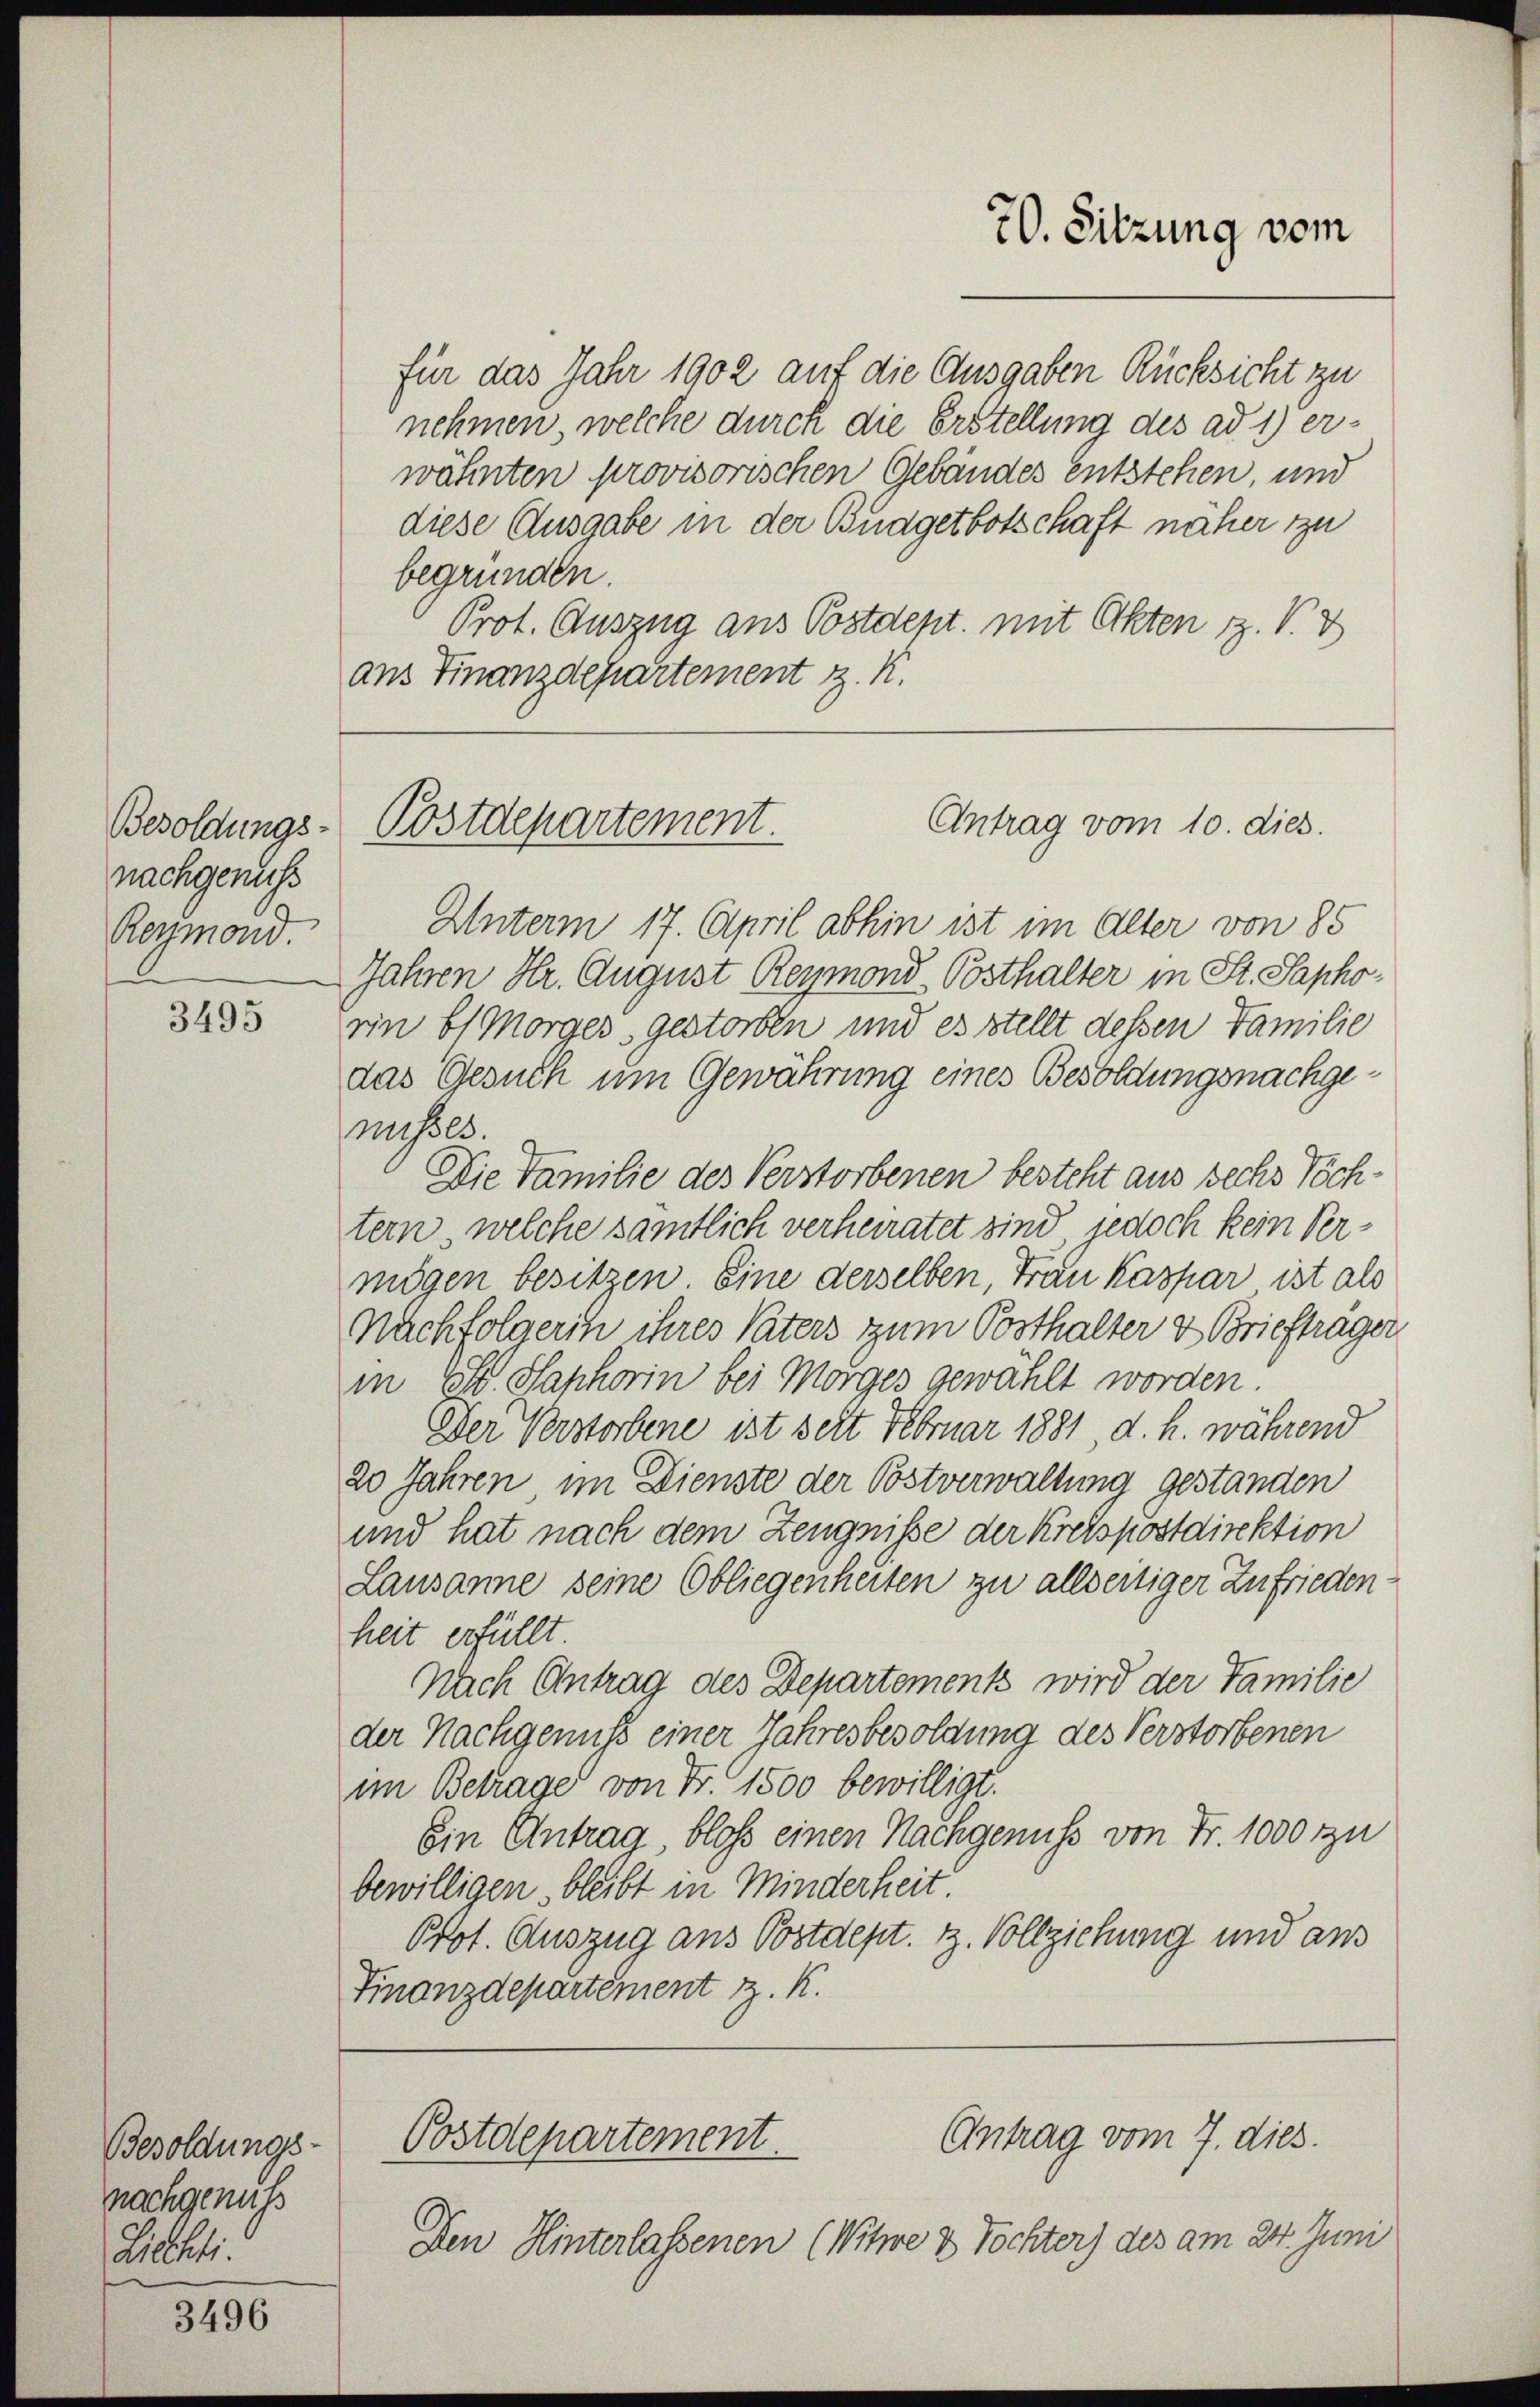
Besoldungs-
nachgenuss
Reymond.

3495

Besoldungs-
nachgenuss
Lichti

3496

für das Jahr 1902 auf die Ausgaben Rücksicht zu
nehmen welche durch die Erstellung des ad 1) erwähnten provisorischen Gebäudes entstehen, und
diese Ausgabe in der Budgetbotschaft näher zu
begründen.
Prot. Auszug aus Postdept. mit Okten 1. V. V
ans Finanzdepartement z. K.

70. Sitzung vom

Unterm 17. April abhin ist im Alter von 85
Jahren Hr. August Reymond-Posthalter in St. Saphorin bis Morges, gestorben und es stellt dessen Familie
das Gesuch um Gewährung eines Besoldungsnachgenusses.
Die Familie des Verstorbenen besteht aus sechs Töch-
tern, welche sämtlich verheiratet sind jedoch kein Vermögen besitzen Eine derselben, Frau Kaspar ist als
Nachfolgerin ihres Vaters zum Posthalter & Brieftrager,
in St. Saphorin bei Morges gewählt worden.
Der Verstorbene ist seit Februar 1881 d. h. während
20 Jahren im Dienste der Postverwaltung gestanden
und hat nach dem Zeugniße der Kreispostdirektion
Lausanne seine Obliegenheiten zu allseitiger Zufriedenheit erfüllt.
Nach Antrag des Departement wird der Familie
der Nachgenuß einer Jahresbesoldung des Verstorbenen
im Betrage von Fr. 1500 bewilligt.
Ein Antrag, bloß einen Nachgenuss von Fr. 1000 zu
bewilligen bleibt in Minderheit
Prot. Auszug aus Postdept. 1. Vollziehung und aus
Finanzdepartement z. K.

Antrag vom 10. dies
Postdepartement.

Antrag vom 7. dies.
Postdepartement.

Den Hinterlassenen (Witwe u Töchter) des am 24. Juni